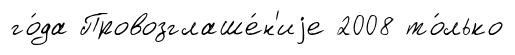
го́да Провозглаше́н'иjе 2008 то́лько